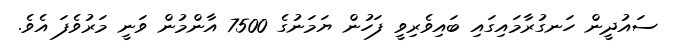
ސައުދީން ހަނގުރާމައިގައި ބައިވެރިވީ ފަހުން ޔަމަނުގެ 7500 އާންމުން ވަނީ މަރުވެފަ އެވެ.